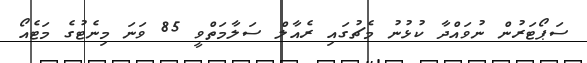
ސަޕޯޓަރުން ނުވައްދާ ކުޅުނު މެޗުގައި ރެއާލް ސަލާމަތްވީ 85 ވަނަ މިނެޓުގެ މަޓެއޯ